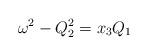
LaTeX: \begin{align*} \omega^2 - Q_2^2 = x_3 Q_1\end{align*}